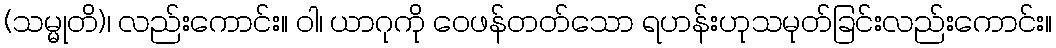
(သမ္မုတိ)၊ လည်းကောင်း။ ဝါ၊ ယာဂုကို ဝေဖန်တတ်သော ရဟန်းဟုသမုတ်ခြင်းလည်းကောင်း။